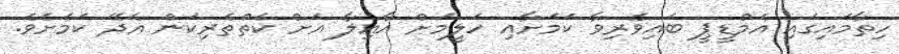
ހިތާމައިގައި އެމްޑީޕީ ބައިވެރިވާ ކަމަށާއި ހަލީމަށް އާއިލާ އަށް ކެތްތެރިކަން އެދޭ ކަމަށެވެ.